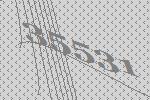
35531